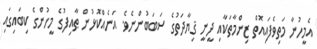
އެމީހުނާ މަތިވެފައިއޮތް ޒިންމާތަކާއި ދީނީ ޤިޔާދަތުގެ ސަބަބުންނެވެ. އަނެއްކޮޅުން ޠާއިފުގެ މީހުންގެ ކިބައިގައި